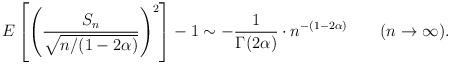
LaTeX: \begin{align*} E\left[\left(\dfrac{S_n}{\sqrt{n/(1-2\alpha)}}\right)^2\right] - 1 \sim -\dfrac{1}{\Gamma(2\alpha)} \cdot n^{-(1-2\alpha)}\qquad(n\to \infty). \end{align*}